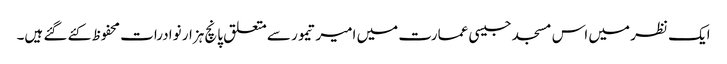
ایک نظر میں اس مسجد جیسی عمارت میں امیر تیمور سے متعلق پانچ ہزار نوادرات محفوظ کئے گئے ہیں۔